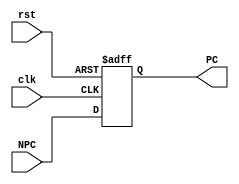
module PC(
input				clk,
input				rst,
input		[31:0]	NPC,

output	reg	[31:0]	PC
);

	always@(posedge clk, posedge rst) begin
		if (rst) 
			PC <= 32'h0000_0000;
		else
			PC <= NPC;
	end

endmodule